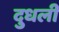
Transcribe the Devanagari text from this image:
दुधली